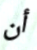
أن